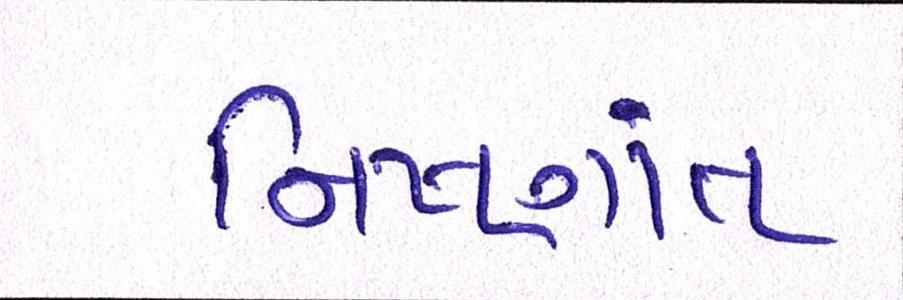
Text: નિષ્ણાંત